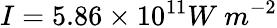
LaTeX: I=5.86\times 10^{11}W\ m^{-2}